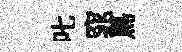
叱窕鳥